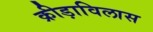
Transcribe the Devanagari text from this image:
क्रीड़ाविलास